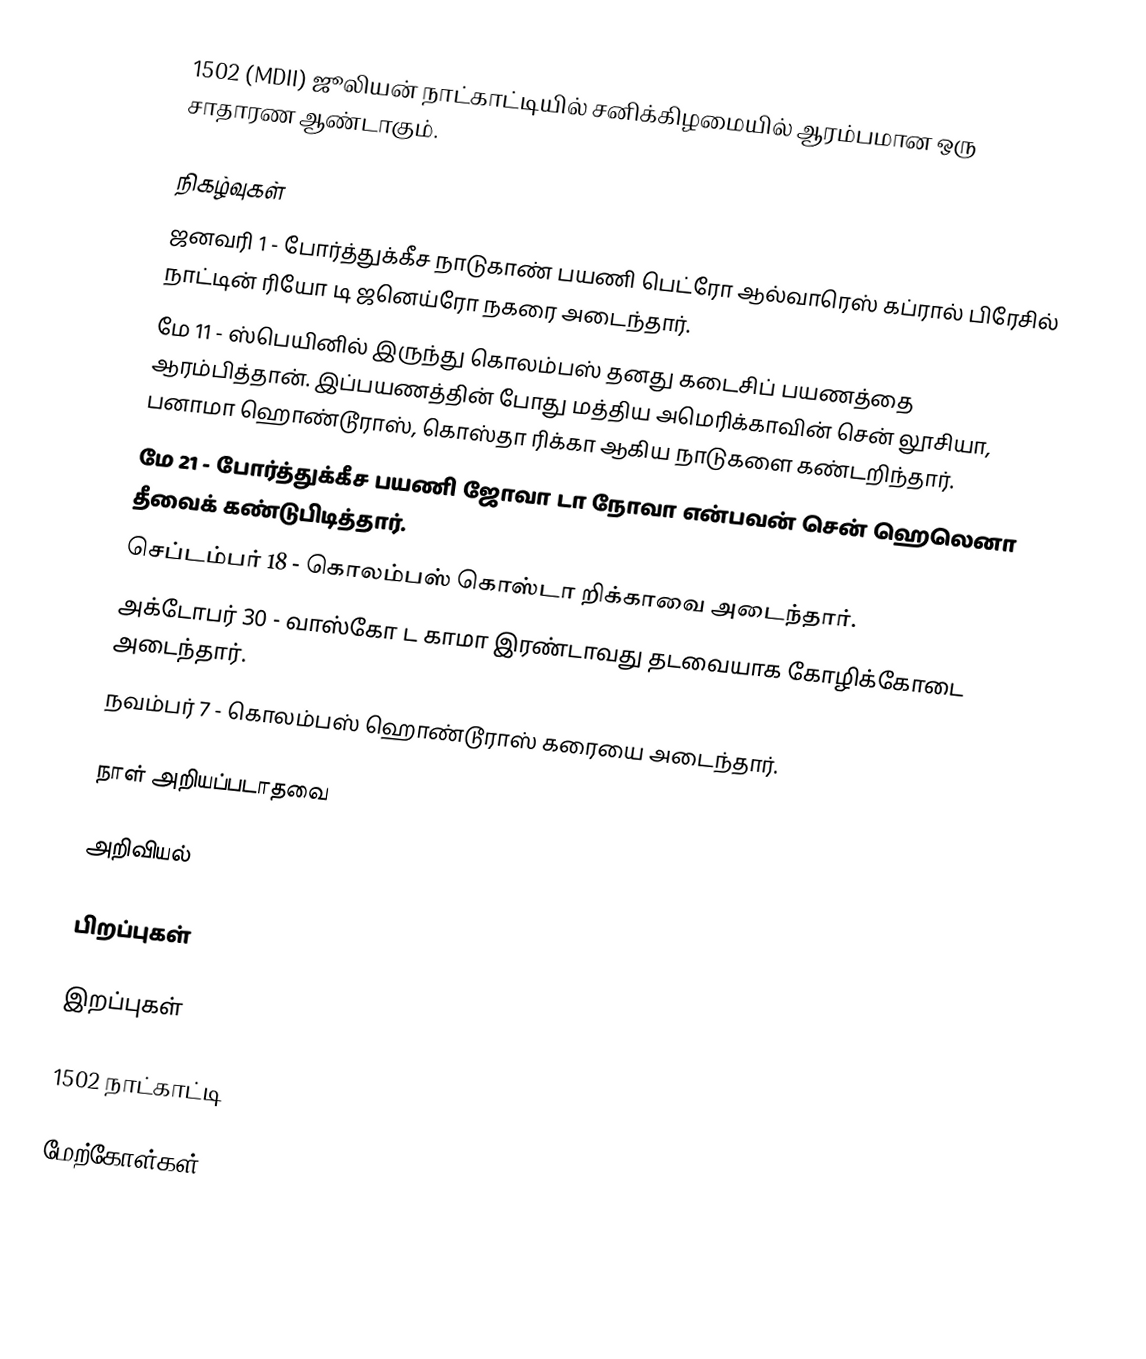
1502 (MDII) ஜூலியன் நாட்காட்டியில் சனிக்கிழமையில் ஆரம்பமான ஒரு சாதாரண ஆண்டாகும்.

நிகழ்வுகள்
 ஜனவரி 1 - போர்த்துக்கீச நாடுகாண் பயணி பெட்ரோ ஆல்வாரெஸ் கப்ரால் பிரேசில் நாட்டின் ரியோ டி ஜனெய்ரோ நகரை அடைந்தார்.
 மே 11 - ஸ்பெயினில் இருந்து கொலம்பஸ் தனது கடைசிப் பயணத்தை ஆரம்பித்தான். இப்பயணத்தின் போது மத்திய அமெரிக்காவின் சென் லூசியா, பனாமா ஹொண்டூராஸ், கொஸ்தா ரிக்கா ஆகிய நாடுகளை கண்டறிந்தார்.
 மே 21 - போர்த்துக்கீச பயணி ஜோவா டா நோவா என்பவன் சென் ஹெலெனா தீவைக் கண்டுபிடித்தார்.
 செப்டம்பர் 18 - கொலம்பஸ் கொஸ்டா றிக்காவை அடைந்தார்.
 அக்டோபர் 30 - வாஸ்கோ ட காமா இரண்டாவது தடவையாக கோழிக்கோடை அடைந்தார்.
 நவம்பர் 7 - கொலம்பஸ் ஹொண்டூராஸ் கரையை அடைந்தார்.

நாள் அறியப்படாதவை

அறிவியல்

பிறப்புகள்

இறப்புகள்

1502 நாட்காட்டி

மேற்கோள்கள்